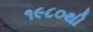
૧૯૮૦થી